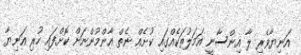
އަނިޔާވެރި ލާ އިންސާނީ އަމަލުތަކެއްގައި ކުށެއް ނެތް އާންމުންނަށް ކޮށްފައި ހުރި އަނިޔާ